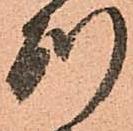
別